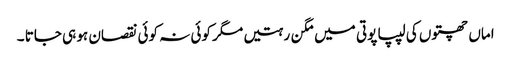
اماں چھتوں کی لیپا پوتی میں مگن رہتیں مگر کوئی نہ کوئی نقصان ہو ہی جاتا ۔